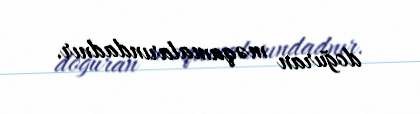
doğuran məqamalarındadnır.